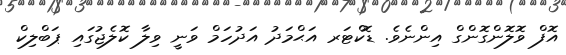
އޮފް ވޮލޮންގޮންގް އިންނެވެ. ޑޮކްޓަރ އަޙްމަދު އަދުހަމް ވަނީ ވިލާ ކޮލެޖުގައި ޕަބްލިކް